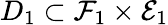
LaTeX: D_{1}\subset\mathcal{F}_{1}\times\mathcal{E}_{1}